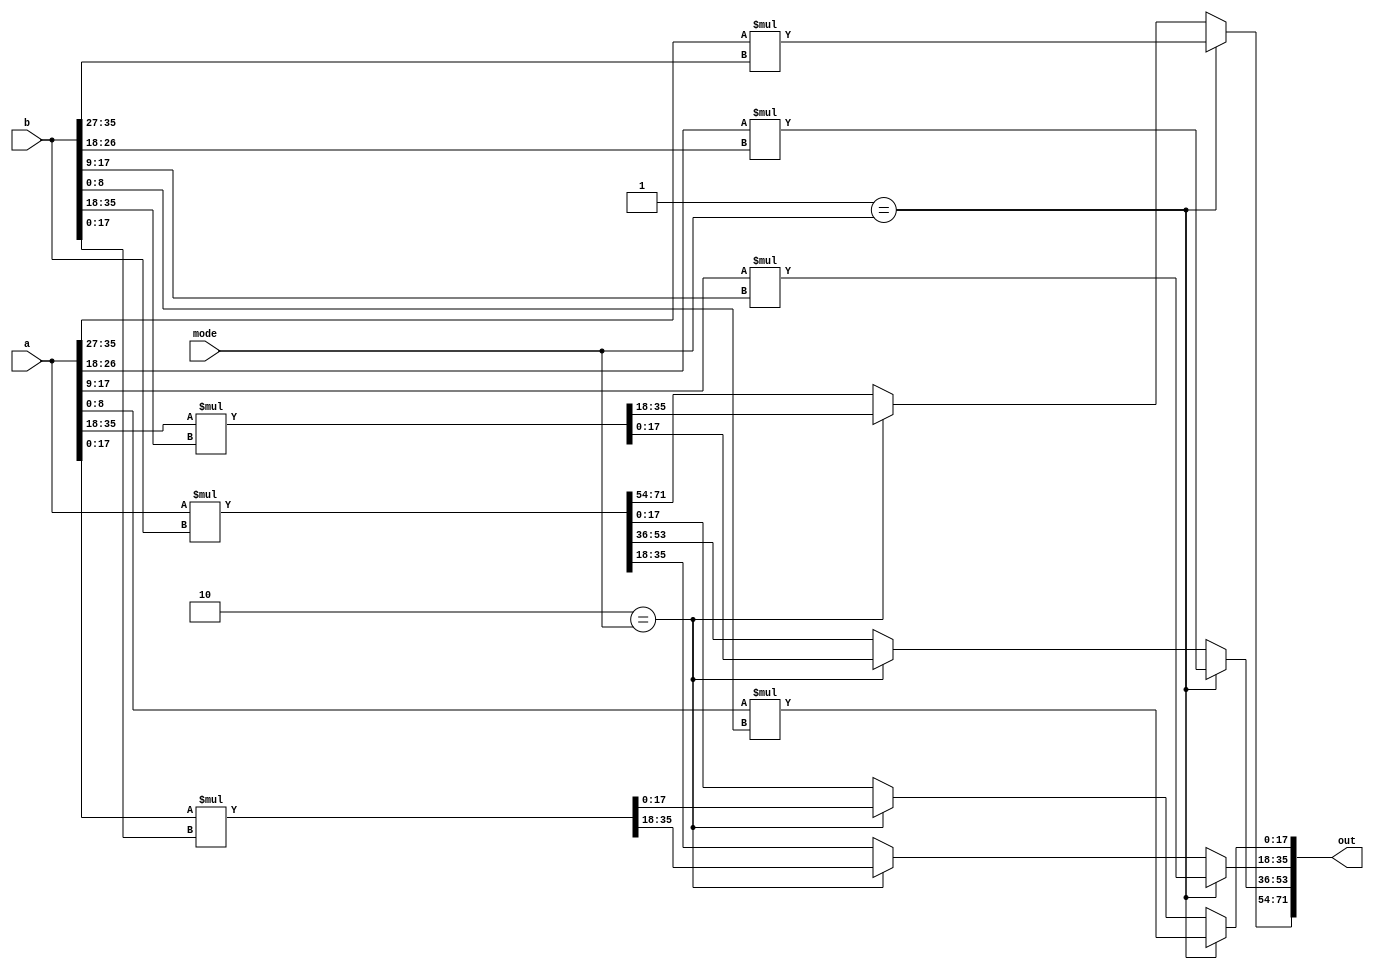
// This program was cloned from: https://github.com/lnis-uofu/OpenFPGA
// License: MIT License

//-----------------------------------------------------
// Design Name : mult_36x36
// Function    : A 36-bit multiplier which can operate in fracturable modes:
//               1. four 9-bit multipliers
//               2. two 18-bit multipliers
//               3. one 36-bit multipliers
// Coder       : Xifan Tang
//-----------------------------------------------------

module mult_36x36 (
	input [0:35] a,
	input [0:35] b,
	output [0:71] out,
    input [0:1] mode);

    reg [0:71] out_reg;

    always @(mode, a, b) begin 
       if (2'b01 == mode) begin
         out_reg[0:17] <= a[0:8] * b[0:8];
         out_reg[18:35] <= a[9:17] * b[9:17];
         out_reg[36:53] <= a[18:26] * b[18:26];
         out_reg[54:71] <= a[27:35] * b[27:35];
       end else if (2'b10 == mode) begin
         out_reg[0:35] <= a[0:17] * b[0:17];
         out_reg[36:71] <= a[18:35] * b[18:35];
       end else begin
         out_reg <= a * b;
       end
    end

    assign out = out_reg;

endmodule